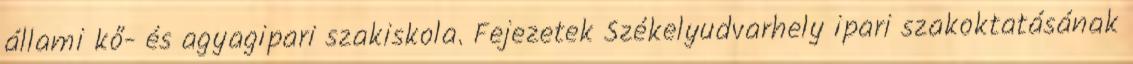
állami kő- és agyagipari szakiskola. Fejezetek Székelyudvarhely ipari szakoktatásának